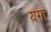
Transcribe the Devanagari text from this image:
यगा